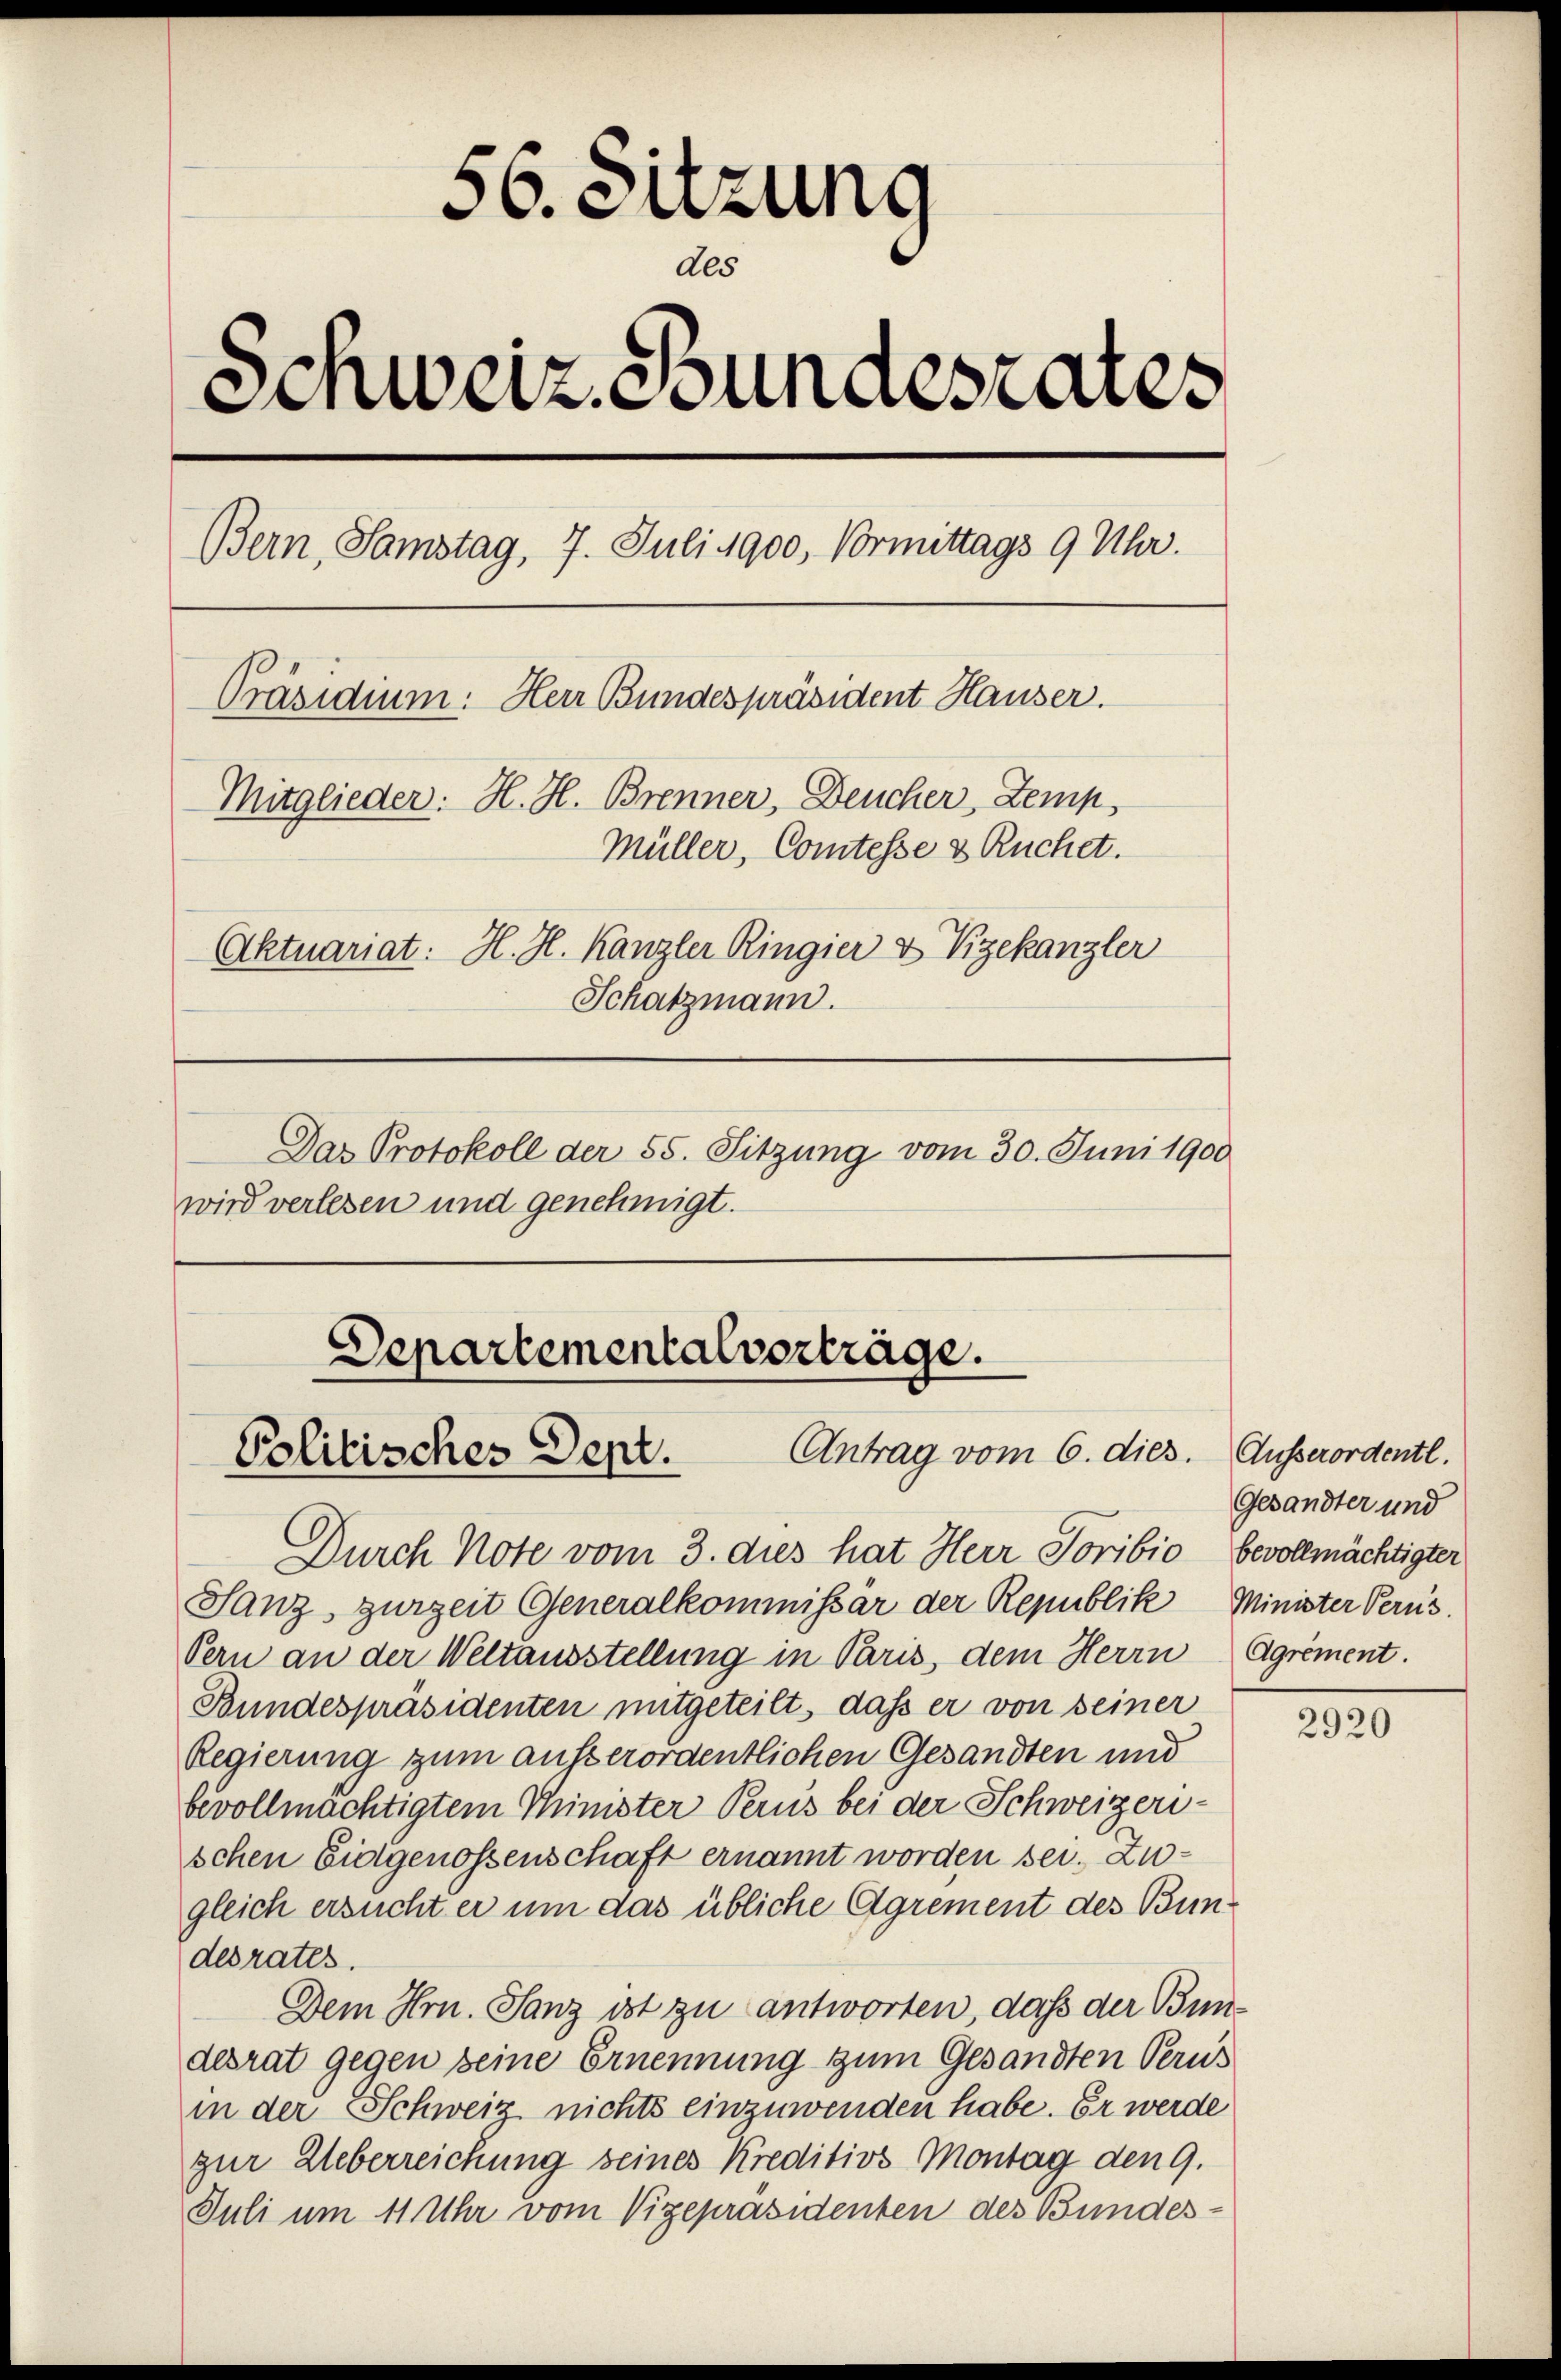
56. Sitzung
des
Schweiz. Bundesrates
Bern, Samstag, 7. Juli 1900, Vormittags 9 Uhr.
Präsidium: Herr Bundespräsident Hauser.
Mitglieder: H. H. Brenner, Deucher, Zemp
Müller, Comtesse & Ruchet.
Aktuariat: H. H. Kanzler Ringier & Vizekanzler
Schatzmann.
Das Protokoll der 55. Sitzung vom 30. Juni 1900
wird verlesen und genehmigt.

Durch Note vom 3. dies hat Herr Jovibio bevollmächtigter
Sanz, zurzeit Generalkommissar der Republik, Minister Perus
Pern an der Weltausstellung in Paris, dem Herrn Agriment.
Bundespräsidenten mitgeteilt, dass er von seiner
Regierung zum ausserordentlichen Gesandten und
bevollmächtigtem Minister Perus bei der Schweizerischen Eidgenossenschaft ernannt worden sei. Zugleich ersuchter um das übliche Agrement des Bundesrates.
Dem Hrn. Tanz ist zu antworten, dass der Bundesrat gegen seine Ernennung zum Gesandten Perus
in der Schweiz nichts einzuwenden habe. Er werde
zur Ueberreichung seines Kreditivs Montag den 9.
Juli um 11 Uhr vom Vizepräsidenten des Bundes-

Departementalverträge.
Politisches Dent. Antrag vom 6. dies.

Ausserordentl.
Gesandter und

2920